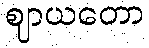
ဈာယတော